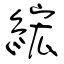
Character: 綋